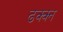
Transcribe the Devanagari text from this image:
ढक्क्न